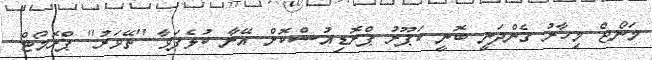
މަނޯޖް މިހާރު ގެންދަނީ ބޮނީ ކަޕޫރު ޕްރޮޑިއުސްކޮށް އޭނާ ކުޅެފަވާ ''ތޭވަރު'' ޕްރޮމޯޓް